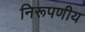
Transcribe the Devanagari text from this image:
निरूपणीय